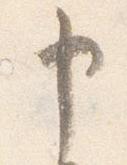
申